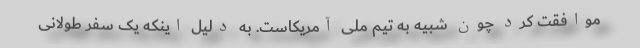
موافقت کرد چون شبیه به تیم ملی آمریکاست. به دلیل اینکه یک سفر طولانی‌